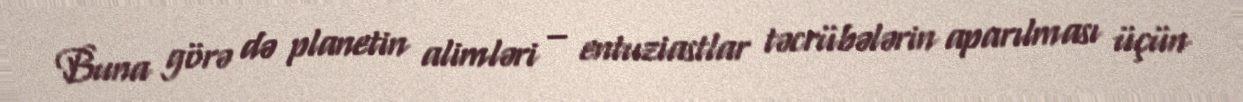
Buna görə də planetin alimləri – entuziastlar təcrübələrin aparılması üçün